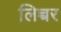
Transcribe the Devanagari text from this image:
लिच्चर